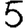
Digit: 5